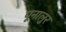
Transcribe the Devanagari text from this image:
पूनालुर